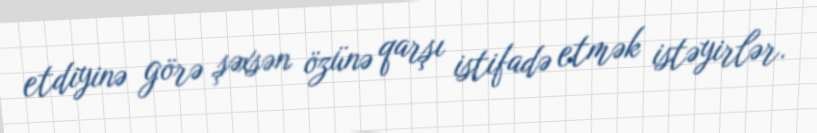
etdiyinə görə şəxsən özünə qarşı istifadə etmək istəyirlər.